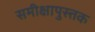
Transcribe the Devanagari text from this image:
समीक्षापुस्त्तक